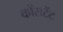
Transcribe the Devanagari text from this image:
कोंसटेंट